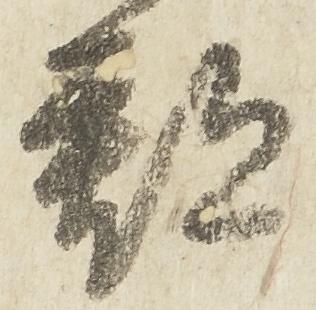
郡